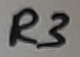
Text: R3